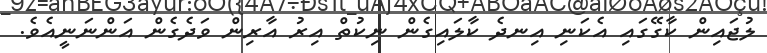
ލުޖައިން ކާގޭގައި އެކަނި އިނދެ ކާލައިގެން ނިކުތް އިރު އާރިން ވަދެގެން އަންނަނީއެވެ.